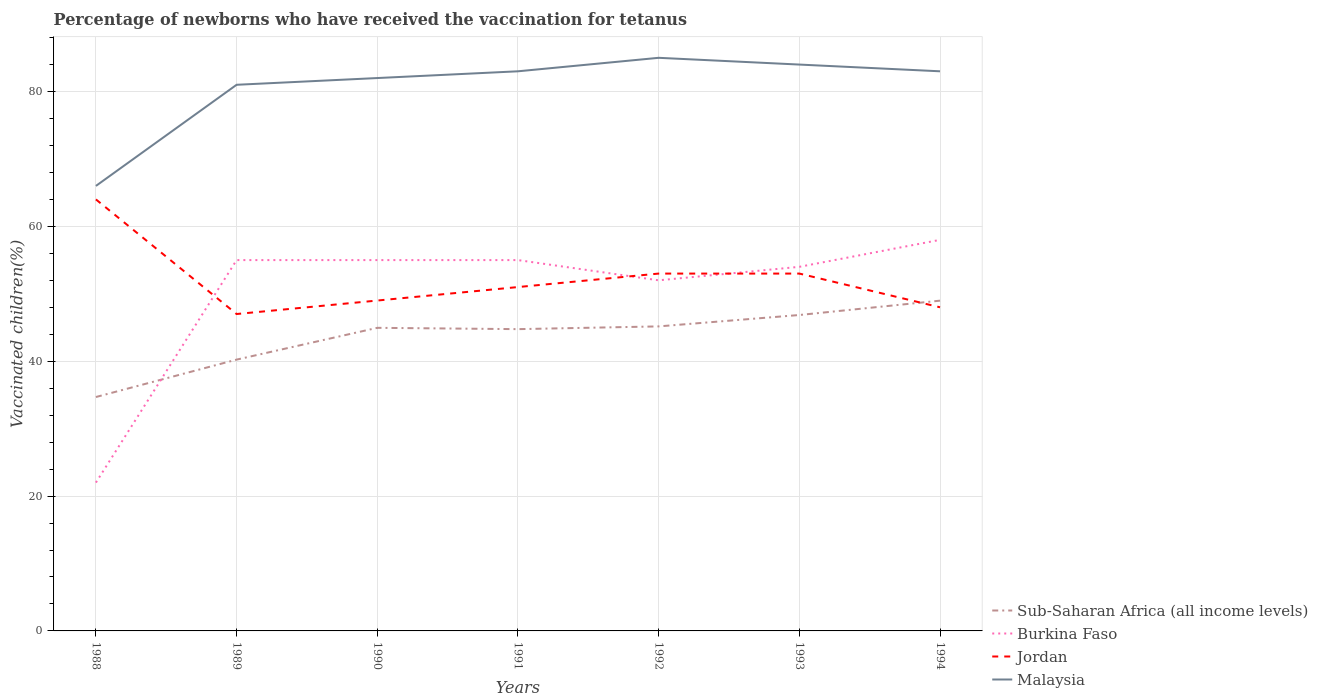
| Years | Sub-Saharan Africa (all income levels) | Burkina Faso | Jordan | Malaysia |
 | --- | --- | --- | --- | --- |
 | 1988 | 34.7 | 22 | 64 | 66 |
 | 1989 | 40.2 | 55 | 47 | 81 |
 | 1990 | 45 | 55 | 49 | 82 |
 | 1991 | 44.8 | 55 | 51 | 83 |
 | 1992 | 45.2 | 52 | 53 | 85 |
 | 1993 | 46.9 | 54 | 53 | 84 |
 | 1994 | 49 | 58 | 48 | 83 |